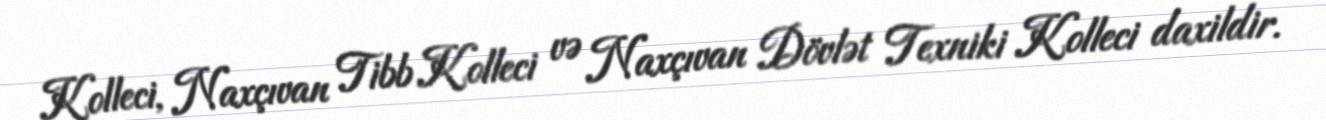
Kolleci, Naxçıvan Tibb Kolleci və Naxçıvan Dövlət Texniki Kolleci daxildir.